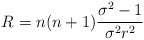
\begin{align*} R=n(n+1)\frac{\sigma ^{2}-1}{\sigma ^{2}r^{2}}\end{align*}